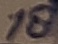
Text: 18